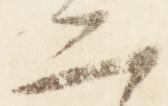
二